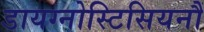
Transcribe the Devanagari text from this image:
डायग्नोस्टिसियनौं